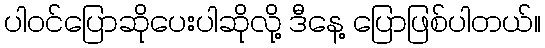
ပါဝင်ပြောဆိုပေးပါဆိုလို့ ဒီနေ့ ပြောဖြစ်ပါတယ်။